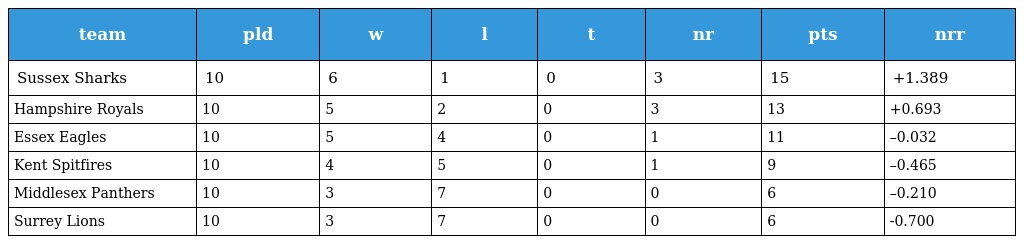
| team | pld | w | l | t | nr | pts | nrr |
 | --- | --- | --- | --- | --- | --- | --- | --- |
 | Sussex Sharks | 10 | 6 | 1 | 0 | 3 | 15 | +1.389 |
 | Hampshire Royals | 10 | 5 | 2 | 0 | 3 | 13 | +0.693 |
 | Essex Eagles | 10 | 5 | 4 | 0 | 1 | 11 | –0.032 |
 | Kent Spitfires | 10 | 4 | 5 | 0 | 1 | 9 | –0.465 |
 | Middlesex Panthers | 10 | 3 | 7 | 0 | 0 | 6 | –0.210 |
 | Surrey Lions | 10 | 3 | 7 | 0 | 0 | 6 | -0.700 |